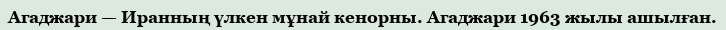
Агаджари — Иранның үлкен мұнай кенорны. Агаджари 1963 жылы ашылған.